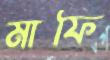
মাফি